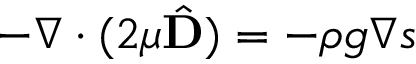
- \nabla \cdot ( 2 \mu \hat { \mathbf { D } } ) = - \rho g \nabla s